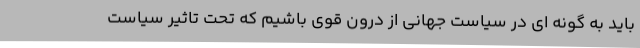
باید به گونه ای در سیاست جهانی از درون قوی باشیم که تحت تاثیر سیاست